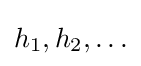
h_{1},h_{2},\ldots